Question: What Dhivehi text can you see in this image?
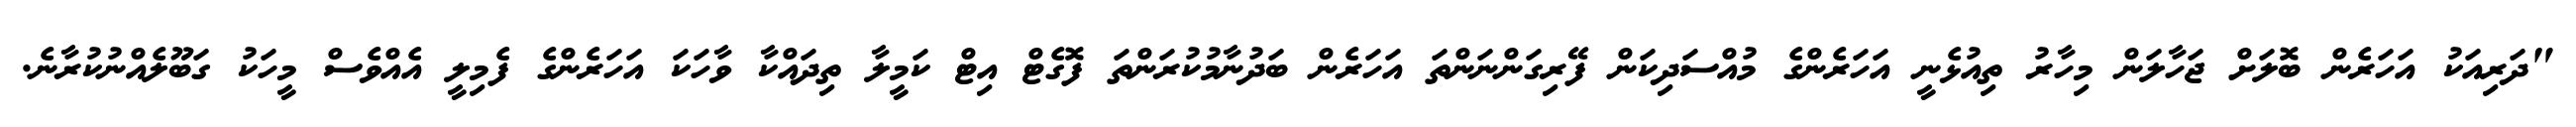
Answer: "ދަރިއަކު އަހަރެން ބޮލަށް ޖަހާލަން މިހާރު ތިއުޅެނީ އަހަރެންގެ މުއްސަދިކަން ފޭރިގަންނަންތަ އަހަރެން ބަދުނާމުކުރަންތަ ފޮގެޓް އިޓް ކަމީލާ ތިދައްކާ ވާހަކަ އަހަރެންގެ ފެމިލީ އެއްވެސް މީހަކު ގަބޫލެއްނުކުރާނެ.